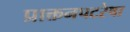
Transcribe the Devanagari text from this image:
प्राक्तनपटरेषा